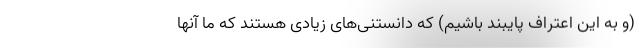
(و به این اعتراف پایبند باشیم) که دانستنی‌های زیادی هستند که ما آنها